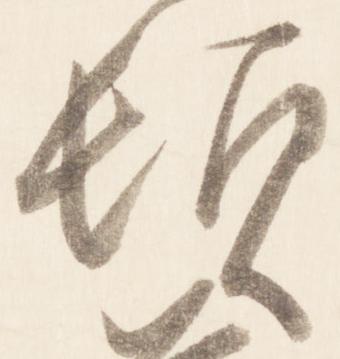
頓